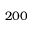
2 0 0